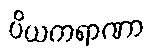
ပိယကရာဏာ